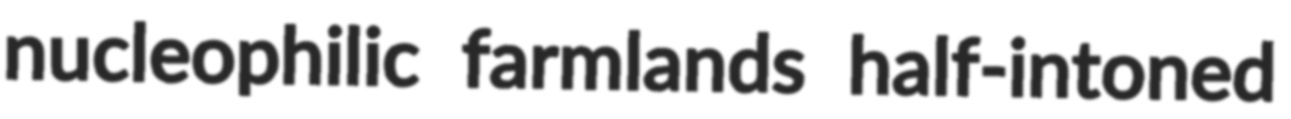
nucleophilic farmlands half-intoned